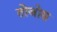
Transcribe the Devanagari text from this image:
तोजोस